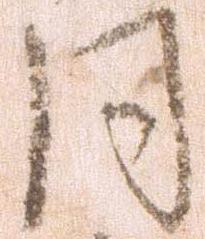
同